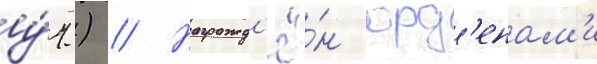
у́ч.) // Награжд'ё́н орд'енам'и